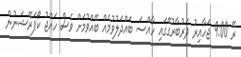
ރޭ 9:00 ޖަހާއިރު ދަރުބާރުގޭގައި ހާއްސަ ބައްދަލުވުމެއް ބޭއްވުމަށް ވެސް ހައްޖު ކޯޕަރޭޝަނުން